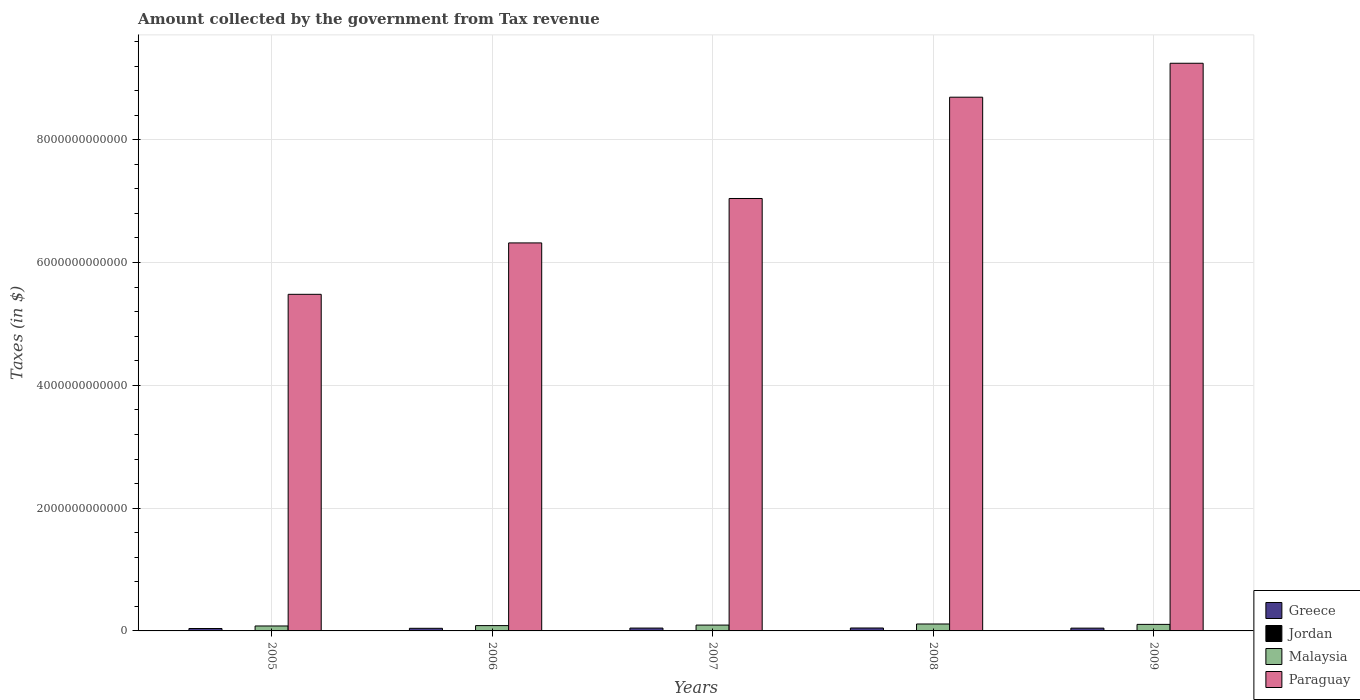
| Years | Greece | Jordan | Malaysia | Paraguay |
 | --- | --- | --- | --- | --- |
 | 2005 | 3.93e+10 | 2.18e+09 | 8.06e+10 | 5.48e+12 |
 | 2006 | 4.27e+10 | 2.62e+09 | 8.66e+10 | 6.32e+12 |
 | 2007 | 4.64e+10 | 3e+09 | 9.52e+10 | 7.04e+12 |
 | 2008 | 4.77e+10 | 2.76e+09 | 1.13e+11 | 8.69e+12 |
 | 2009 | 4.53e+10 | 2.88e+09 | 1.07e+11 | 9.25e+12 |